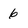
Character: 6